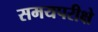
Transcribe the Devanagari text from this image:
समयपरीक्षे